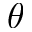
\theta